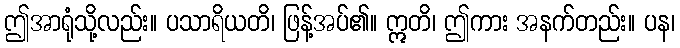
ဤအာရုံသို့လည်း။ ပသာရိယတိ၊ ဖြန့်အပ်၏။ ဣတိ၊ ဤကား အနက်တည်း။ ပန၊